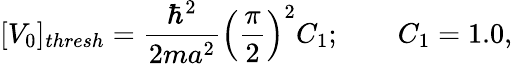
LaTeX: [V_{0}]_{thresh}={\frac{\hbar^{2}}{2ma^{2}}}\left({\frac{\pi}{2}}\right)^{2}C_{1};\qquad C_{1}=1.0,